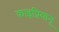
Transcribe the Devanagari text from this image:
काइप्रियानू